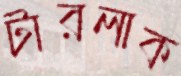
টারলাক